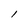
Character: l